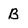
Character: B